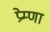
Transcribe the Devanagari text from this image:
प्रेम्णा